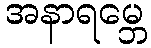
အနာရမ္ဘေ